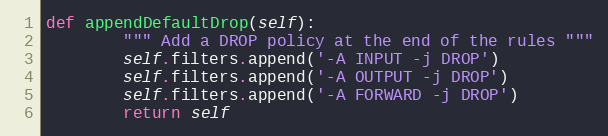
Language: Python
def appendDefaultDrop(self):
		""" Add a DROP policy at the end of the rules """
		self.filters.append('-A INPUT -j DROP')
		self.filters.append('-A OUTPUT -j DROP')
		self.filters.append('-A FORWARD -j DROP')
		return self